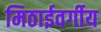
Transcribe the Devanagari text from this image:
मिठाईवर्गीय